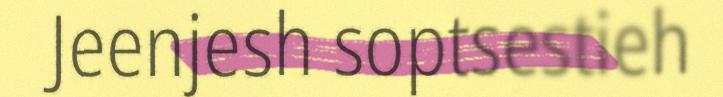
Jeenjesh soptsestieh